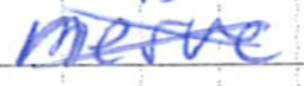
Text: nerve
Cross-out: cross
Writing tool: ballpoint